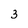
Character: 3